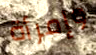
وإمرأة